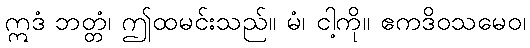
ဣဒံ ဘတ္တံ၊ ဤထမင်းသည်။ မံ၊ ငါ့ကို။ ဧကဒိဝသမေဝ၊